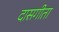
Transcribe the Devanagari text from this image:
दासगीता